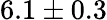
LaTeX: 6.1\pm 0.3